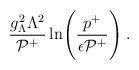
LaTeX: \begin{align*}{g_\Lambda^2 \Lambda^2 \over {\cal P}^+}\ln\Biggl({ p^+ \over \epsilon {\cal P}^+} \Biggr) \;.\end{align*}